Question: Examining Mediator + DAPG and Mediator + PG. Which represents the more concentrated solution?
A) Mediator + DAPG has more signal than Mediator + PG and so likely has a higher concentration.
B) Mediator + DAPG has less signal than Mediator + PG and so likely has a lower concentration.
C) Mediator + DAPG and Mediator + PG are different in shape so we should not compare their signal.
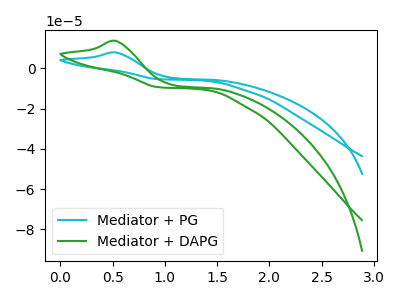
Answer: <think>The cyan curve "Mediator + PG" has an anodic peak at: (0.55V, 7.85uA). The green curve "Mediator + DAPG" has an anodic peak at: (0.55V, 13.60uA).
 All the peaks in "Mediator + DAPG" have a peak in "Mediator + PG" at the same potential. Every peak in "Mediator + DAPG" is higher than every peak in "Mediator + PG".</think>
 <answer>A) "Mediator + DAPG" has more signal than "Mediator + PG" and so likely has a higher concentration.</answer>
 <eval>A</eval>